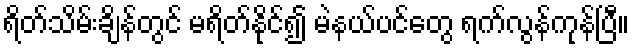
ရိတ်သိမ်းချိန်တွင် မရိတ်နိုင်၍ မဲနယ်ပင်တွေ ရက်လွန်ကုန်ပြီ။